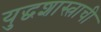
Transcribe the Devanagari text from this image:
युद्धशास्त्राची